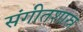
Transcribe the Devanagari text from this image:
संगीतशास्र